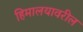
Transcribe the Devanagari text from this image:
हिमालयावरील